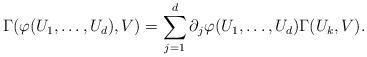
LaTeX: \begin{align*} \Gamma(\varphi(U_1,\dots,U_d),V) = \sum_{j=1}^d \partial_j \varphi(U_1,\dots,U_d) \Gamma(U_k,V).\end{align*}